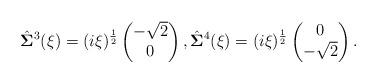
LaTeX: \begin{align*}\hat{\mathbf{\Sigma}}^3(\xi)=(i\xi)^{\frac{1}{2}}\begin{pmatrix}-\sqrt{2}\\0\end{pmatrix}, \hat{\mathbf{\Sigma}}^4(\xi)=(i\xi)^{\frac{1}{2}}\begin{pmatrix}0\\-\sqrt{2}\end{pmatrix}.\end{align*}